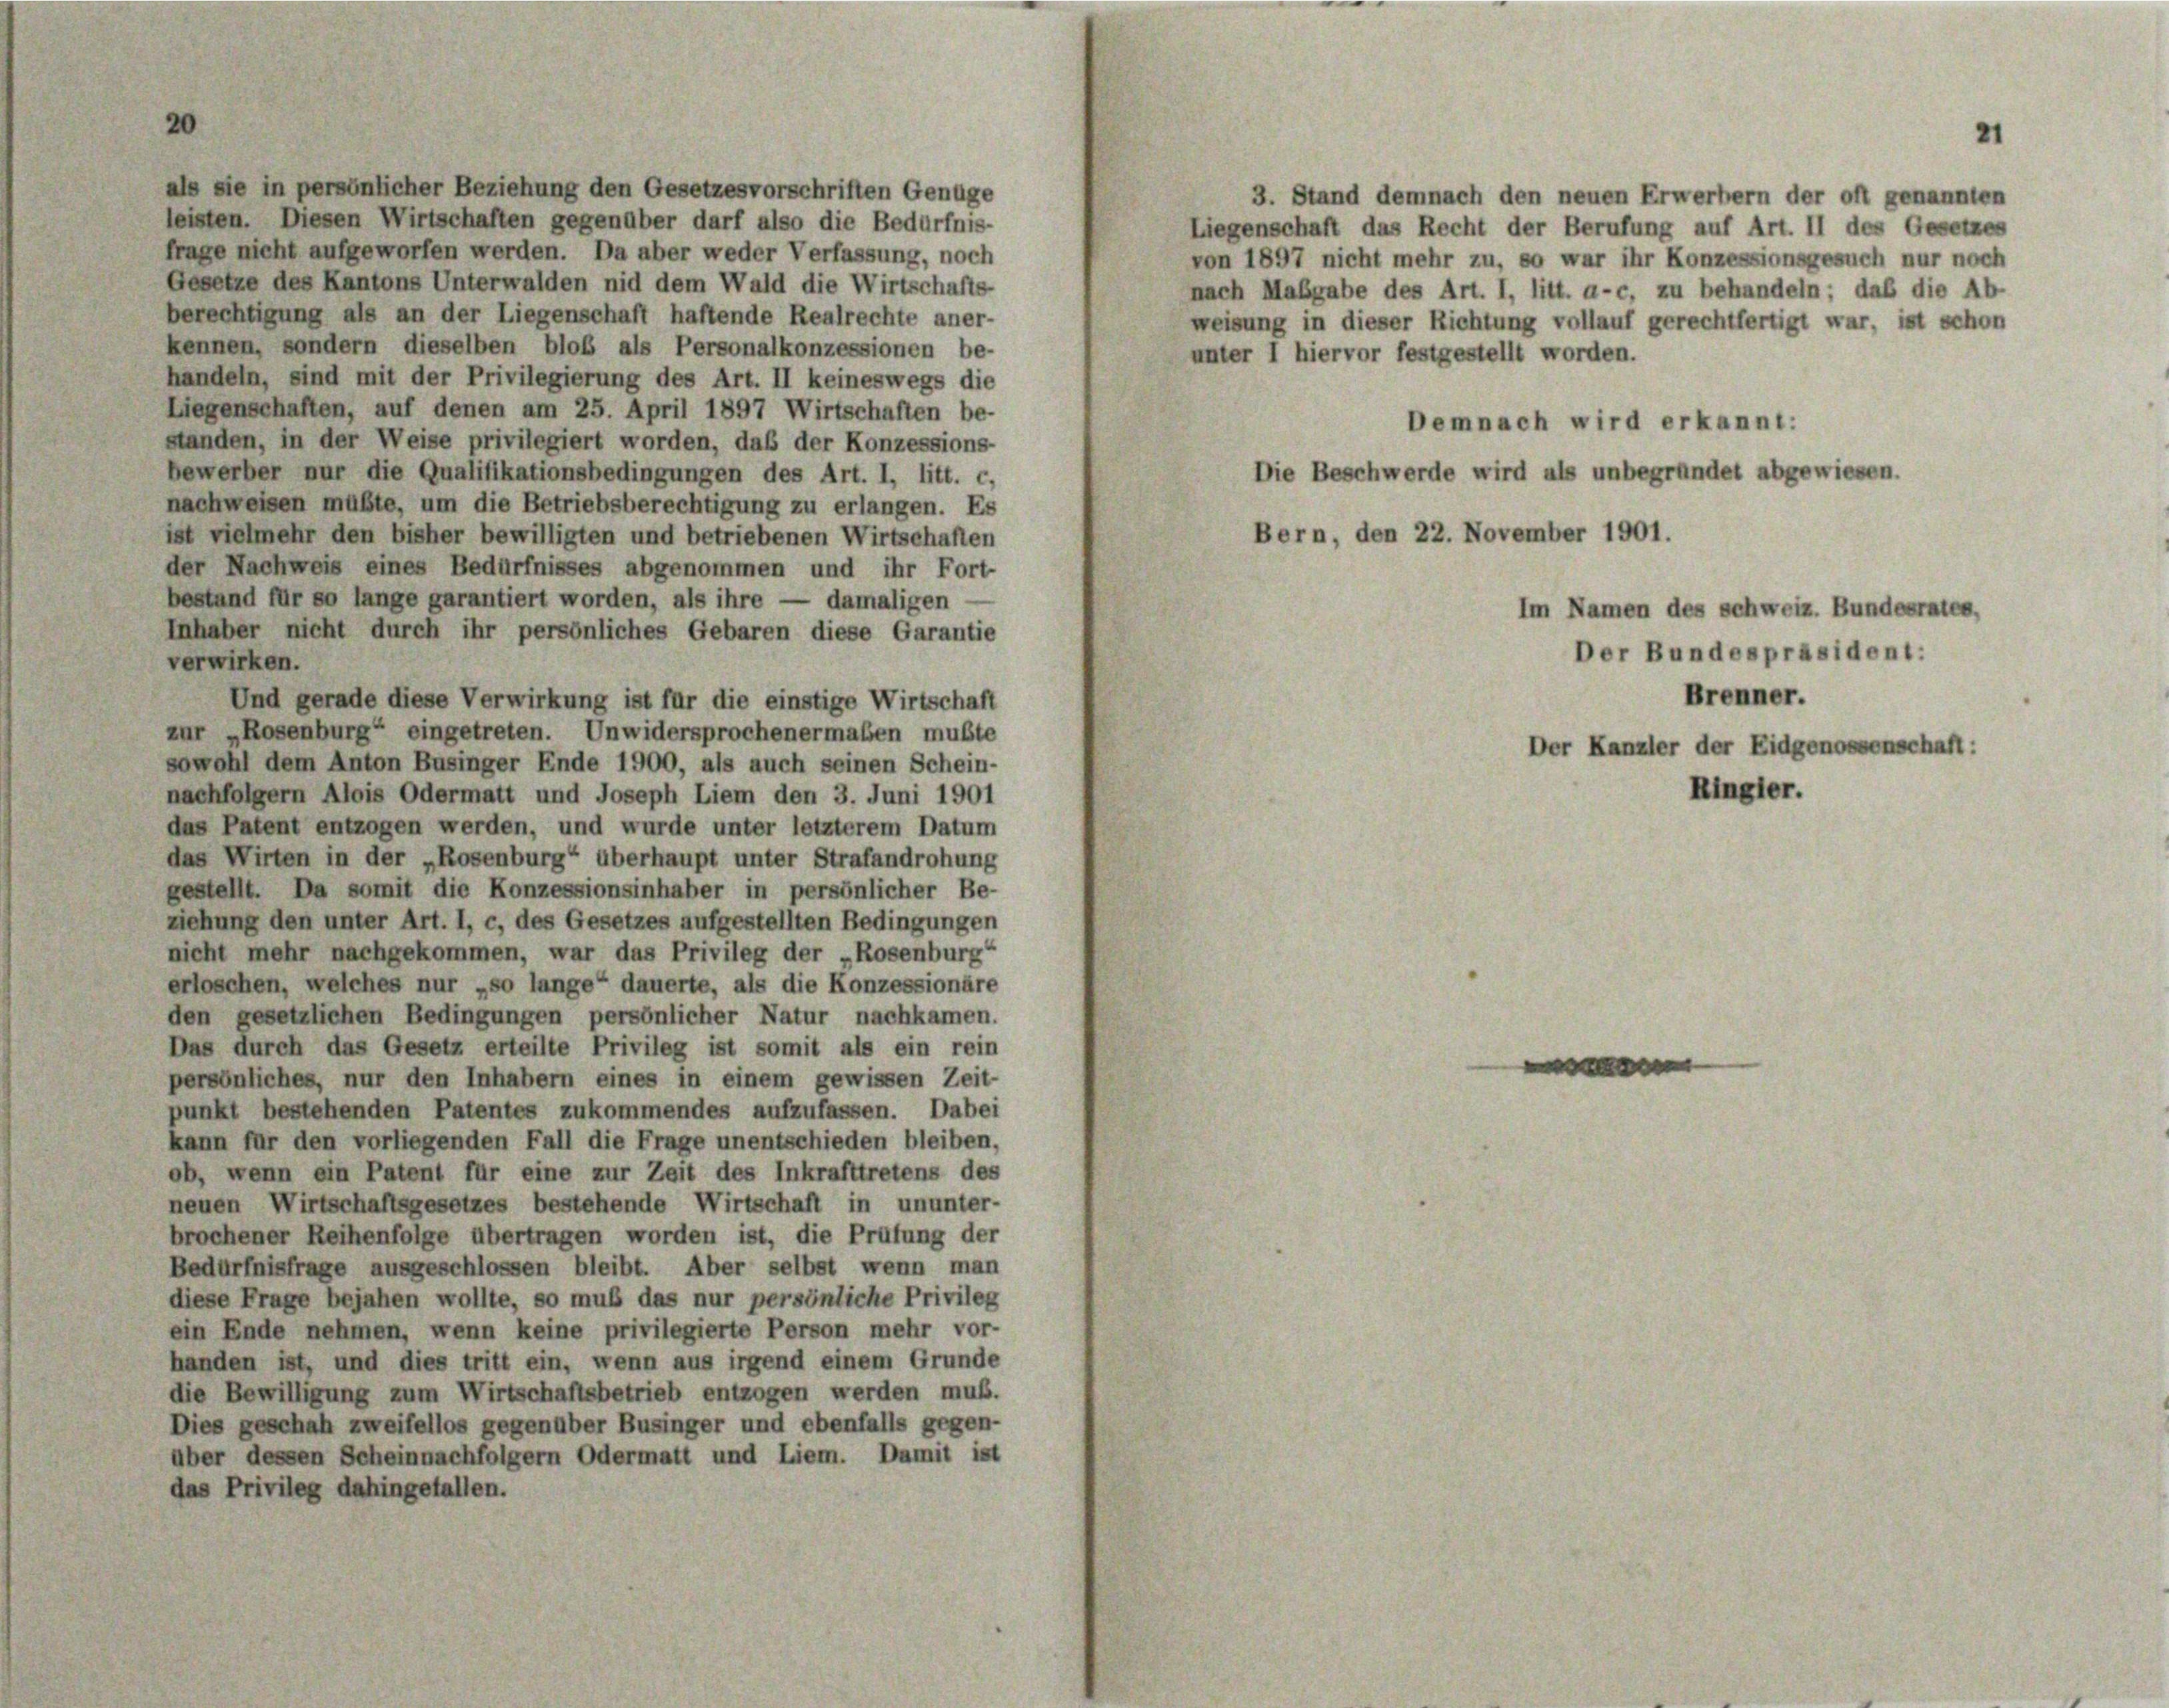
3. Stand demnach den neuen Erwerbern der oft genannten
leisten. Diesen Wirtschaften gegenüber darf also die Bedürfnis-
Liegenschaft das Recht der Berufung auf Art. II des Gesetzes
frage nicht aufgeworfen werden. Da aber weder Verfassung, noch
von 1897 nicht mehr zu, so war ihr Konzessionsgesuch nur noch
Gesetze des Kantons Unterwalden nid dem Wald die Wirtschafts-
nach Maßgabe des Art. 1, litt. a-c, zu behandeln; daß die Ab-
berechtigung als an der Liegenschaft haftende Realrechte aner-
weisung in dieser Richtung vollauf gerechtfertigt war, ist schon
kennen, sondern dieselben bloß als Personalkonzessionen be-
unter I hiervor festgestellt worden.
handeln, sind mit der Privilegierung des Art. II keineswegs die
Liegenschaften, auf denen am 25. April 1897 Wirtschaften be-
Demnach wird erkannt:
standen, in der Weise privilegiert worden, daß der Konzessions-
Die Beschwerde wird als unbegründet abgewiesen.
bewerber nur die Qualifikationsbedingungen des Art. 1, litt. c.
nachweisen müßte, um die Betriebsberechtigung zu erlangen. Es
Bern, den 22. November 1901.
ist vielmehr den bisher bewilligten und betriebenen Wirtschaften
der Nachweis eines Bedürfnisses abgenommen und ihr Fort-
bestand für so lange garantiert worden, als ihre — damaligen
Inhaber nicht durch ihr persönliches Gebaren diese Garantie
verwirken.
Und gerade diese Verwirkung ist für die einstige Wirtschaft
zur „Rosenburg“ eingetreten. Unwidersprochenermaßen mußte
sowohl dem Anton Businger Ende 1900, als auch seinen Schein-
nachfolgern Alois Odermatt und Joseph Liem den 3. Juni 1901
das Patent entzogen werden, und wurde unter letzterem Datum
das Wirten in der „Rosenburg“ überhaupt unter Strafandrohung
gestellt. Da somit die Konzessionsinhaber in persönlicher Be-
ziehung den unter Art. I, c, des Gesetzes aufgestellten Bedingungen
nicht mehr nachgekommen, war das Privileg der „Rosenburg“
erloschen, welches nur „so lange“ dauerte, als die Konzessionäre
den gesetzlichen Bedingungen persönlicher Natur nachkamen.
Das durch das Gesetz erteilte Privileg ist somit als ein rein
persönliches, nur den Inhabern eines in einem gewissen Zeit-
punkt bestehenden Patentes zukommendes aufzufassen. Dabei
kann für den vorliegenden Fall die Frage unentschieden bleiben,
ob, wenn ein Patent für eine zur Zeit des Inkrafttretens des
neuen Wirtschaftsgesetzes bestehende Wirtschaft in ununter-
brochener Reihenfolge übertragen worden ist, die Prüfung der
Bedürfnisfrage ausgeschlossen bleibt. Aber selbst wenn man
diese Frage bejahen wollte, so muß das nur persönliche Privileg
ein Ende nehmen, wenn keine privilegierte Person mehr vor-
handen ist, und dies tritt ein, wenn aus irgend einem Grunde
die Bewilligung zum Wirtschaftsbetrieb entzogen werden muß.
Dies geschah zweifellos gegenüber Businger und ebenfalls gegen-
über dessen Scheinnachfolgern Odermatt und Liem. Damit ist
das Privileg dahingefallen.

als sie in persönlicher Beziehung den Gesetzesvorschriften Genüge

Im Namen des Schweiz. Bundesrates,
Der Bundespräsident:
Brenner.
Der Kanzler der Eidgenossenschaft:

Ringler.